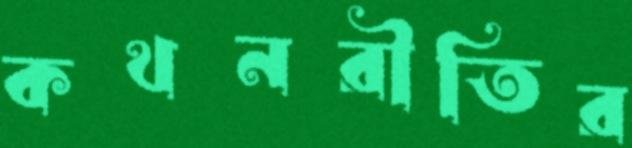
কথনরীতির